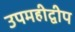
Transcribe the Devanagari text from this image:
उपमहीद्वीप